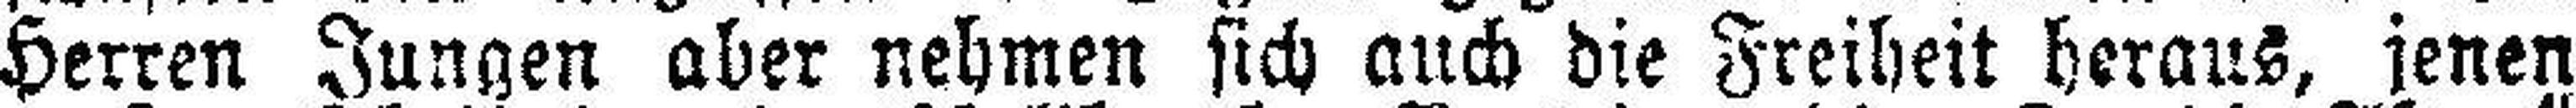
Herren Jungen aber nehmen sich auch die Freiheit heraus, jenen